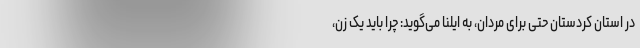
در استان کردستان حتی برای مردان، به ایلنا می‌گوید: چرا باید یک زن،